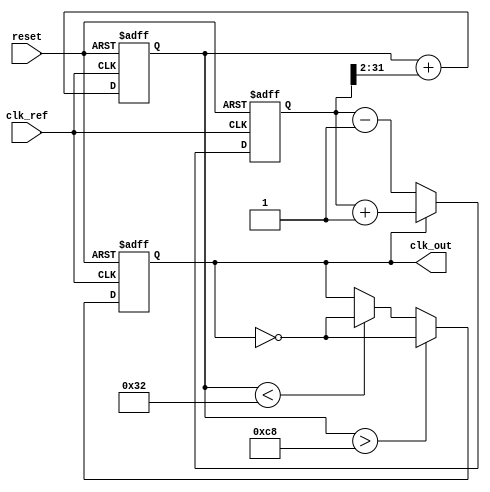
module pll_synchronizer (
    input wire clk_ref,          // Incoming reference clock
    input wire reset,            // Asynchronous reset
    output wire clk_out          // Output synchronized clock
);

    // Parameters for PLL design
    parameter integer VCO_MAX_FREQ = 200;  // Maximum VCO frequency (in MHz)
    parameter integer VCO_MIN_FREQ = 50;   // Minimum VCO frequency (in MHz)
    parameter integer LOOP_BW = 10;        // Loop bandwidth (in MHz)

    // Internal signals
    reg [31:0] phase_err;                // Phase error signal
    reg [31:0] control_voltage;           // Control voltage for VCO
    reg vco_clk;                          // VCO output clock
    reg [1:0] state;                      // PLL state (0: Acquisition, 1: Tracking)

    // Phase Detector (PD)
    always @(posedge clk_ref or posedge reset) begin
        if (reset) begin
            phase_err <= 0;
        end else begin
            // Simple phase detection logic (to be refined)
            if (vco_clk) begin
                phase_err <= phase_err + 1; // Increment error if VCO clock is high
            end else begin
                phase_err <= phase_err - 1; // Decrement error if VCO clock is low
            end
        end
    end

    // Loop Filter (LF)
    always @(posedge clk_ref or posedge reset) begin
        if (reset) begin
            control_voltage <= 0;
        end else begin
            // Simple low-pass filter (to be refined)
            control_voltage <= control_voltage + (phase_err >> 2); // Adjust control voltage based on phase error
        end
    end

    // Voltage-Controlled Oscillator (VCO)
    always @(posedge clk_ref or posedge reset) begin
        if (reset) begin
            vco_clk <= 0;
        end else begin
            // Simple VCO logic (to be refined)
            if (control_voltage > VCO_MAX_FREQ) begin
                vco_clk <= ~vco_clk; // Toggle clock if control voltage is too high
            end else if (control_voltage < VCO_MIN_FREQ) begin
                vco_clk <= ~vco_clk; // Toggle clock if control voltage is too low
            end
            // Additional logic can be added to adjust frequency based on control_voltage
        end
    end

    // Output Clock Buffer
    assign clk_out = vco_clk;

endmodule